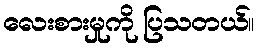
လေးစားမှုကို ပြသတယ်။